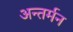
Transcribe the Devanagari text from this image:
अन्‍तर्मन